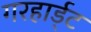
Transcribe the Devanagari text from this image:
गरहार्ड्‌ट